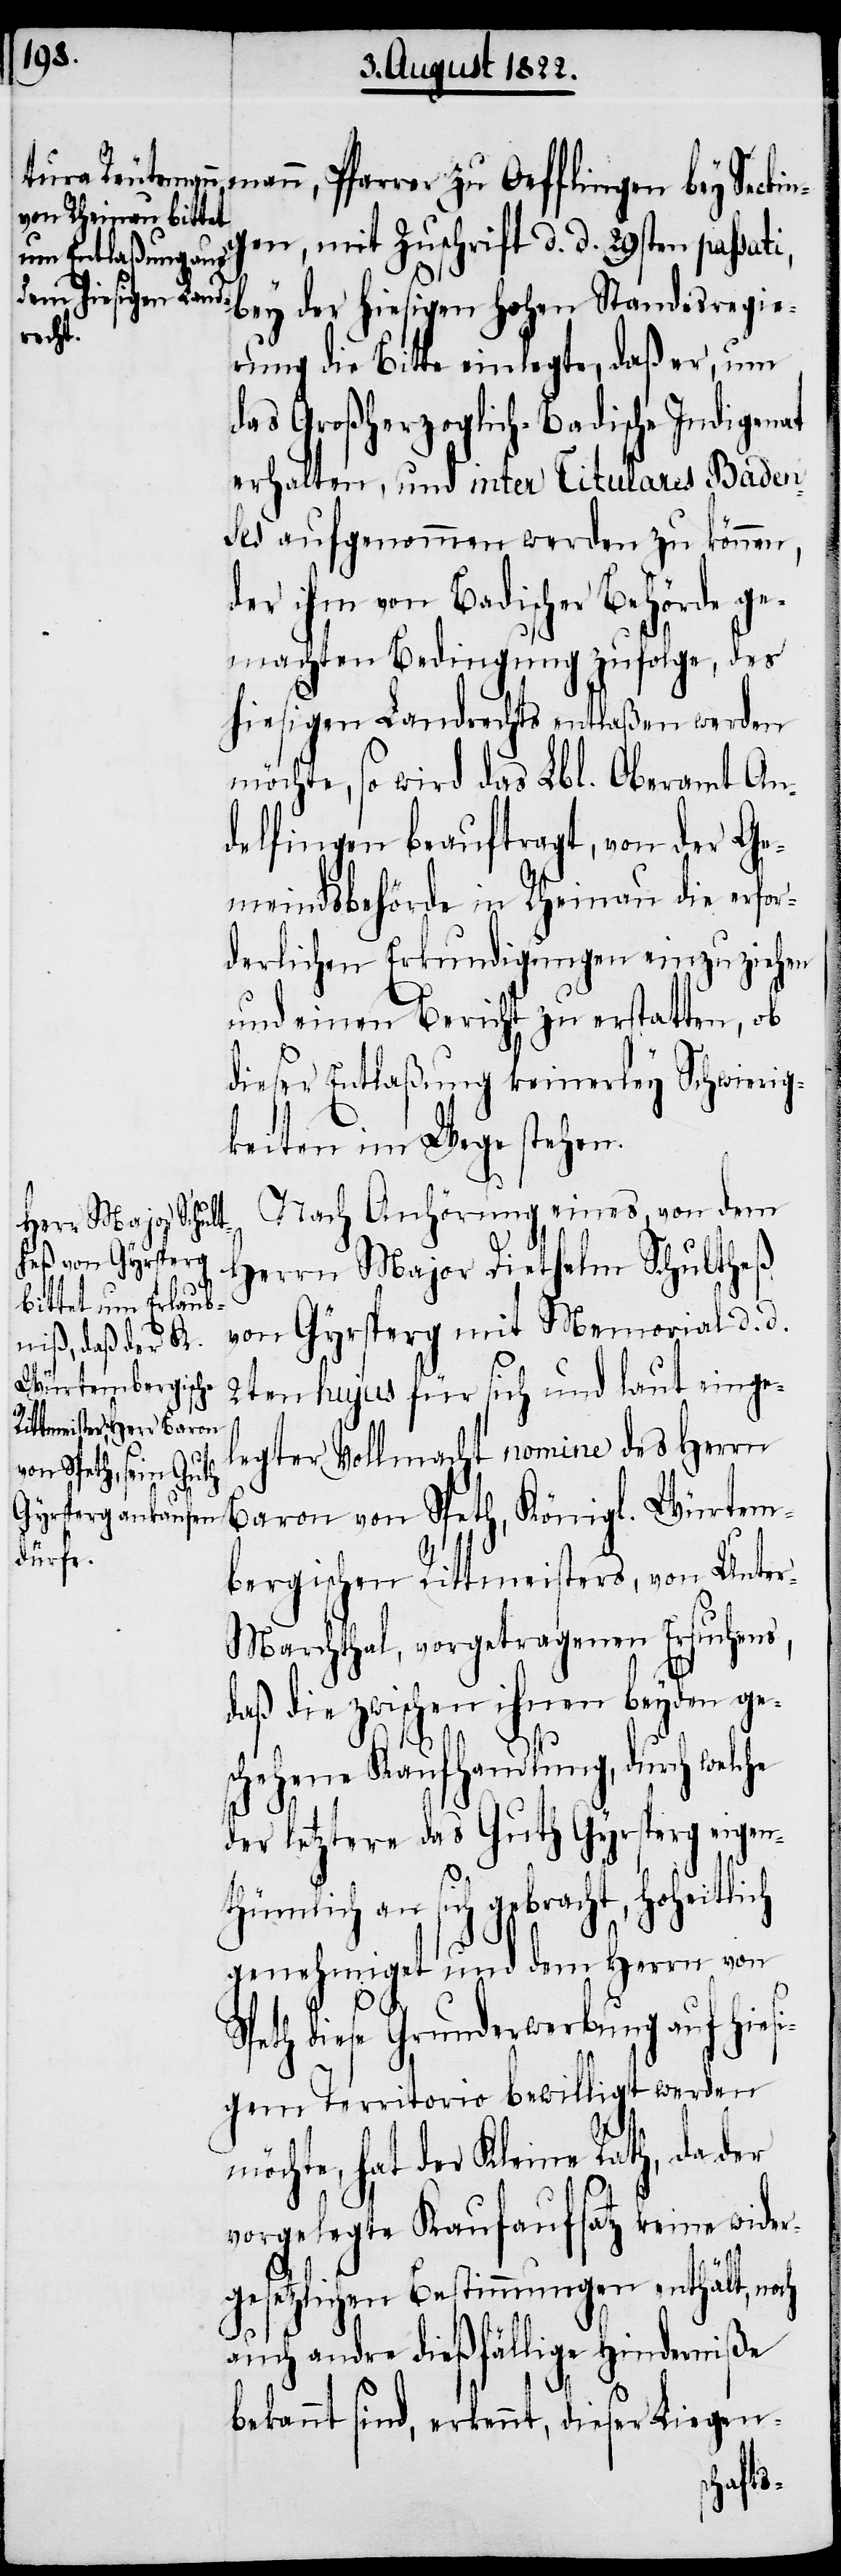
mann, Pfarre zu Oefflingen bey Seckin¬
gen, mit Zuschrift d. d. 29sten passat¬
och
rung die Bitte einlegte, daß er, um
das Großherzoglich-Badische Indigenat
erhalten, und inter Titulares Baden¬
ses aufgenommen werden zu können,
der ihm von Badischer Behörde ge¬
machten Bedingung zufolge, des
hiesigen Landrechts entlaßen werden
möchte, so wird das Lbl. Oberamt An¬
delfingen beauftragt, von der Ge¬
meindsbehörde in Rheinau die erfor¬
derlichen Erkundigungen einzuziehen
und einen Bericht zu erstatten, ob
dieser Entlaßung keinerley Schwierig¬
keiten im Wege stehen.
Nach Anhörung eines von dem
Herrn Major Diethelm Schultheß
von Gyrsperg mit Memorial d. d.
2en hujus für sich und laut einge¬
legter Vollmacht nomine des Herrn
en Standesregie¬
Baron von Speth, Königl. Würtem¬
bergischen Rittmeisters, von Unte¬
r-Marchthal, vorgetragenen Ersuchens,
daß die zwischen ihnen beyden ge¬
schehene Kaufhandlung, durch welche
der letztere das Guth Gyrsperg eigen¬
thümlich an sich gebracht, hoheitlich
genehmiget und dem Herrn von
Speth diese Grundwerbung auf hies¬
igem Territorio bewilligt werden
möchte, hat der Kleine Rath, da der
vorgelegte Kaufaufsatz keine wider¬
gesetzlichen Bestimmungen enthält, n¬
auch andre dießfällige Hinderniße
bekannt sind, erkennt, dieser Liegen-